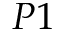
P 1